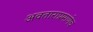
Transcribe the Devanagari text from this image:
अवताराप्रमाणेच